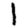
Digit: 1